Senior Leaving Certificate Examination (including Day School Certificate (Higher) General paper), 1946
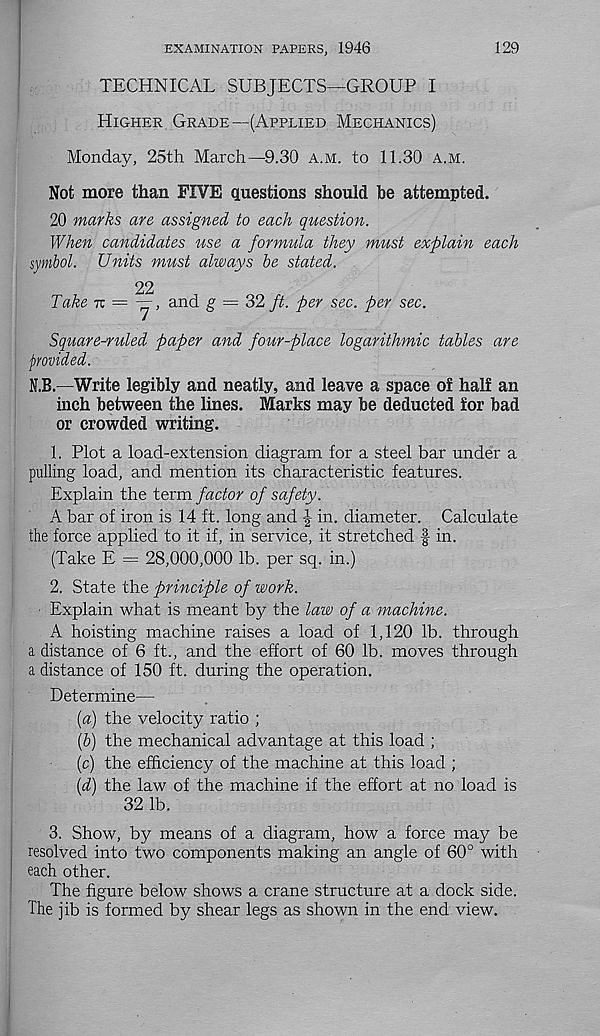
EXAMINATION PAPERS, 1946
129
TECHNICAL SUBJECTS—GROUP I
Higher Grade—(Applied Mechanics)
Monday, 25th March—9.30 a.m. to 11.30 a.m.
Not more than FIVE questions should be attempted.
20 marks are assigned to each question.
When candidates use a formula they must explain each
symbol. Units must always be stated.
22
Take it = —, and g = 32 ft. per sec. per sec.
Square-ruled paper and four-place logarithmic tables are
provided.
N.B.—Write legibly and neatly, and leave a space of half an
inch between the lines. Marks may be deducted for bad
or crowded writing.
1. Plot a load-extension diagram for a steel bar under a
pulling load, and mention its characteristic features.
Explain the term factor of safety.
A bar of iron is 14 ft. long and | in. diameter. Calculate
the force applied to it if, in service, it stretched f in.
(Take E = 28,000,000 lb. per sq. in.)
2. State the principle of work.
Explain what is meant by the law of a machine.
A hoisting machine raises a load of 1,120 lb. through
a distance of 6 ft., and the effort of 60 lb. moves through
a distance of 150 ft. during the operation.
Determine—
[a) the velocity ratio ;
(&) the mechanical advantage at this load ;
(c) the efficiency of the machine at this load ;
(d) the law of the machine if the effort at no load is
32 lb.
3. Show, by means of a diagram, how a force may be
resolved into two components making an angle of 60° with
each other.
The figure below shows a crane structure at a dock side.
The jib is formed by shear legs as shown in the end view.